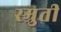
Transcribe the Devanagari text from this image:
स्म्रुती